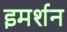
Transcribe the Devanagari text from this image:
इमर्शन